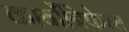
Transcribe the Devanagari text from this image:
कार्बोंनिफेरस